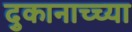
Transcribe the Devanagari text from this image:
दुकानाच्च्या